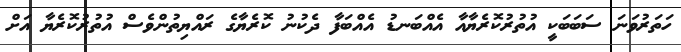
ހަތަރުވަނަ ސަބަބަކީ އުތުރުކޮރެޔާއާ އެއްބަނޑު އެއްބަފާ ދެކުނު ކޮރެޔާގެ ރައްޔިތުންވެސް އުތުރުކޮރެޔާ އަށް